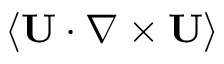
\langle \mathbf { U } \cdot \nabla \times \mathbf { U } \rangle